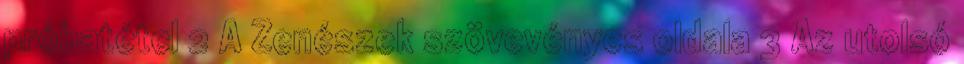
próbatétel 2 A Zenészek szövevényes oldala 3 Az utolsó